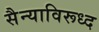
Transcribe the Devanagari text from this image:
सैन्याविरूध्द